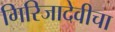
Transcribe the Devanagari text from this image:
गिरिजादेवीचा